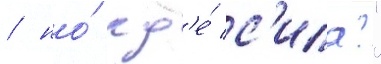
/ но́ гд'е́ с'ила?"